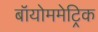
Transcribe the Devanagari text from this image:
बॉयोममेट्रिक